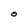
Character: O